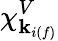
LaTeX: \chi_{\mathbf{k}_{i(f)}}^{V}